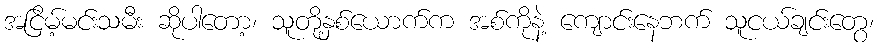
အငြိမ့်မင်းသမီး ဆိုပါတော့၊ သူတို့နှစ်ယောက်က အစ်ကိုနဲ့ ကျောင်းနေဘက် သူငယ်ချင်းတွေ၊